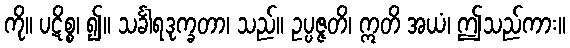
ကို။ ပဋိစ္စ၊ ၍။ သင်္ခါရဒုက္ခတာ၊ သည်။ ဥပ္ပဇ္ဇတိ၊ ဣတိ အယံ၊ ဤသည်ကား။